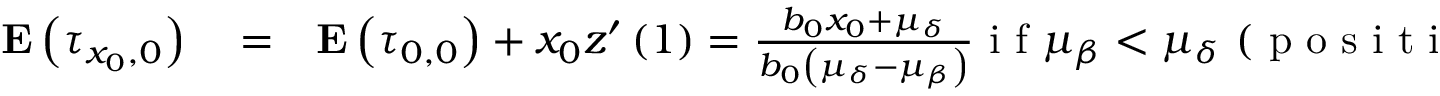
\begin{array} { r l r } { { \bf E } \left( \tau _ { x _ { 0 } , 0 } \right) } & { { } = } & { { \bf E } \left( \tau _ { 0 , 0 } \right) + x _ { 0 } z ^ { \prime } \left( 1 \right) = \frac { b _ { 0 } x _ { 0 } + \mu _ { \delta } } { b _ { 0 } \left( \mu _ { \delta } - \mu _ { \beta } \right) } \mathrm { ~ i ~ f ~ } \mu _ { \beta } < \mu _ { \delta } \mathrm { ~ ( ~ p ~ o ~ s ~ i ~ t ~ i ~ v ~ e ~ r ~ e ~ c ~ u ~ r ~ r ~ e ~ n ~ c ~ e ~ ) ~ , ~ } } \end{array}